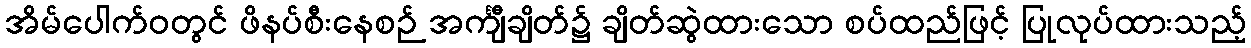
အိမ်ပေါက်ဝတွင် ဖိနပ်စီးနေစဉ် အင်္ကျီချိတ်၌ ချိတ်ဆွဲထားသော စပ်ထည်ဖြင့် ပြုလုပ်ထားသည့်